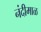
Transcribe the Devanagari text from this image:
नंदीमाळ